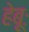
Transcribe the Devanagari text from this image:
हेबूः